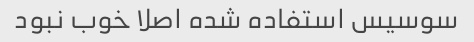
سوسیس استفاده شده اصلا خوب نبود